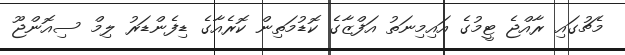
މެޗުގައި ރާއްޖެ ޓީމުގެ އައިމިނަތު އަފްޒާގެ ކޮޑުމަތިން ކޮރެއާގެ ޑިފެންޑަރު ލިމް ސިއޮންޖޫ